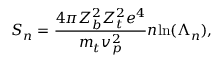
S _ { n } = \frac { 4 \pi Z _ { b } ^ { 2 } Z _ { t } ^ { 2 } e ^ { 4 } } { m _ { t } v _ { p } ^ { 2 } } n \mathrm { l n } ( \Lambda _ { n } ) ,